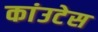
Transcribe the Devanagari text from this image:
कांउटेस